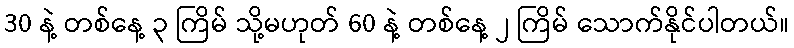
30 နဲ့ တစ်နေ့ ၃ ကြိမ် သို့မဟုတ် 60 နဲ့ တစ်နေ့ ၂ ကြိမ် သောက်နိုင်ပါတယ်။